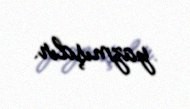
yazmışdır.